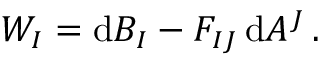
{ \cal W } _ { I } = \mathrm { d } B _ { I } - F _ { I J } \, \mathrm { d } A ^ { J } \, .